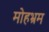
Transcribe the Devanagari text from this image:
मोहभ्रम